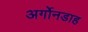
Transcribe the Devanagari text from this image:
अर्गोनडाह